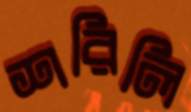
শরিলি